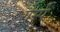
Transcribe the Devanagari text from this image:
गैस्पे